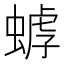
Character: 𧎍